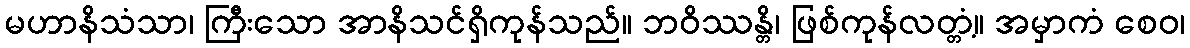
မဟာနိသံသာ၊ ကြီးသော အာနိသင်ရှိကုန်သည်။ ဘဝိဿန္တိ၊ ဖြစ်ကုန်လတ္တံ့။ အမှာကံ စေဝ၊